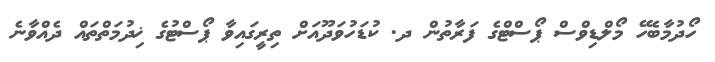
ހޯދުމާބެހޭ މޯލްޑިވްސް ޕޯސްޓްގެ ފަރާތުން ދ. ކުޑަހުވަދޫއަށް ތިރީގައިވާ ޕޯސްޓުގެ ޚިދުމަތްތައް ދެއްވާނެ